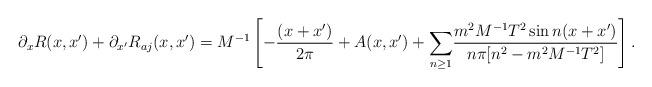
LaTeX: \begin{align*}\partial_{x}R(x,x^{\prime})+\partial_{x^{\prime}}R_{aj}(x,x^{\prime})=M^{-1}\left[-\frac{(x+x^{\prime})}{2\pi}+A(x,x^{\prime}) + {\Large\sum_{n\geq 1}}\frac{m^{2}M^{-1}T^{2} \sin n(x+x^{\prime}) }{n\pi[n^{2} -m^{2}M^{-1}T^{2}]} \right].\end{align*}